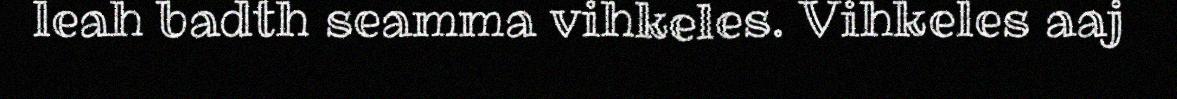
leah badth seamma vihkeles. Vihkeles aaj